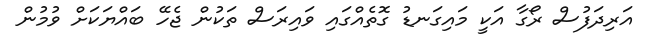
އަރިދަފުސް ރޯގާ އަކީ މައިގަނޑު ގޮތެއްގައި ވައިރަސް ތަކުން ޖެހޭ ބައްޔަކަށް ވުމުން